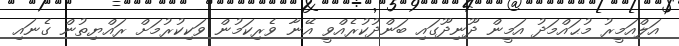
އަލްއަމީރު މުޙައްމަދު އަމީން ދޫނިދޫގައި ބަންދުކުރެއްވީ އޭނާ ވެރިކަމުން ވަކިކުރުމަށް ރައްޔިތުން ގެނައި